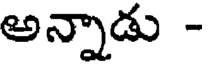
అన్నాడు -